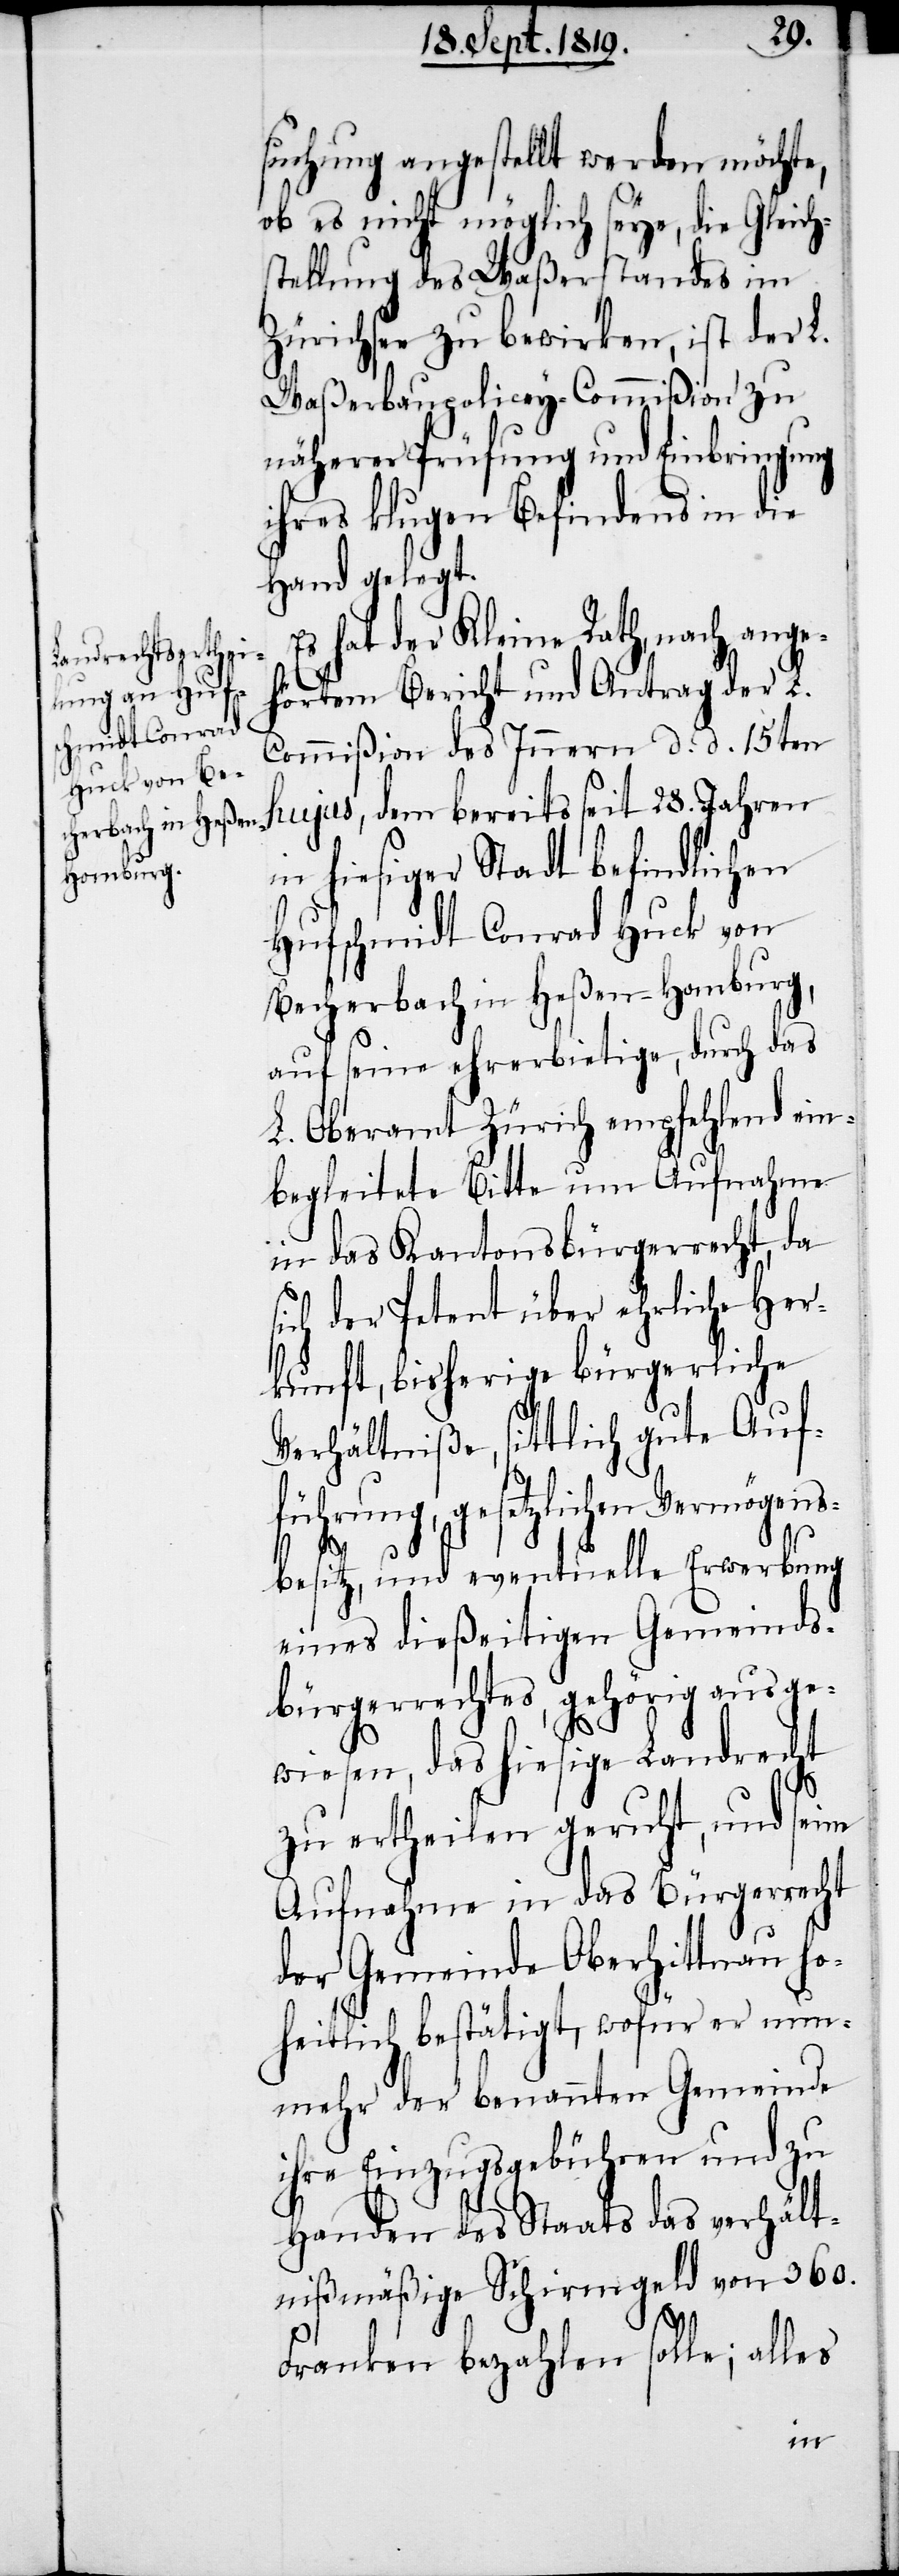
suchung angestellt werden möchte,
ob es nicht möglich seye, die Gleich¬
stellung des Waßerstandes im
Zürichsee zu bewirken, ist der L.
Waßerbaupolicey-Commißion zu
näherer Prüfung und Einbringung
ihres klugen Befindens in die
Hand gelegt.
hat der Kleine Rath, nach ange¬
hörtem Bericht und Antrag der L.
Commißion des Innern d. d. 15ten
hujus, dem bereits seit 28. Jahren
in hiesiger Stadt befindlichen
Hufschmidt Conrad Huck von
Bescherbach in Heßen-Homburg,
auf seine ehrerbietige, durch das
L. Oberamt Zürich empfehlend ein¬
begleitete Bitte um Aufnahme
in das Kantonsbürgerrecht, da
sich der Petent über ehrliche Her¬
kunft, bisherige bürgerliche
Verhältniße, sittlich gute Auf¬
führung, gesetzlichen Vermögens¬
besitz, und eventuelle Erwerbung
eines dießeitigen Gemeinds¬
bürgerrechtes, gehörig ausge¬
wiesen, das hiesige Landrecht
zu ertheilen geruht, und seine
Aufnahme in das Bürgerrecht
der Gemeinde Oberhittnau ho¬
heitlich bestätigt, wofür er nun¬
mehr der benannten Gemeinde
ihre Einzugsgebühren und zu
Handen des Staats das verhält¬
nißmäßige Schirmgeld von 360.
Franken bezahlen solle; all¬
es